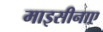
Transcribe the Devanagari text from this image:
माइसीनाए